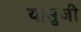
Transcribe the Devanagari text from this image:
यासुजी